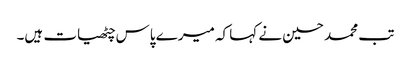
تب محمد حسین نے کہا کہ میرے پاس چٹھیات ہیں۔